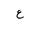
Letter: _ayn